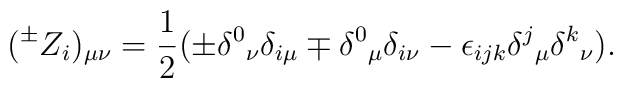
(^{\pm}Z_i)_{\mu\nu}=\frac{1}{2}(\pm \delta^0{}_\nu \delta_{i\mu}\mp \delta^0{}_\mu \delta_{i\nu}-\epsilon_{ijk}\delta^j{}_\mu \delta^k{}_\nu).